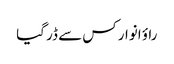
راؤ انوار کس سے ڈر گیا